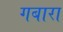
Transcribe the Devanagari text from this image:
गबारा